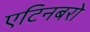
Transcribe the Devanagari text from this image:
एटिनबरो